Vaccination in the Punjab 1919-1929 - 1919-1929
Year: 1919
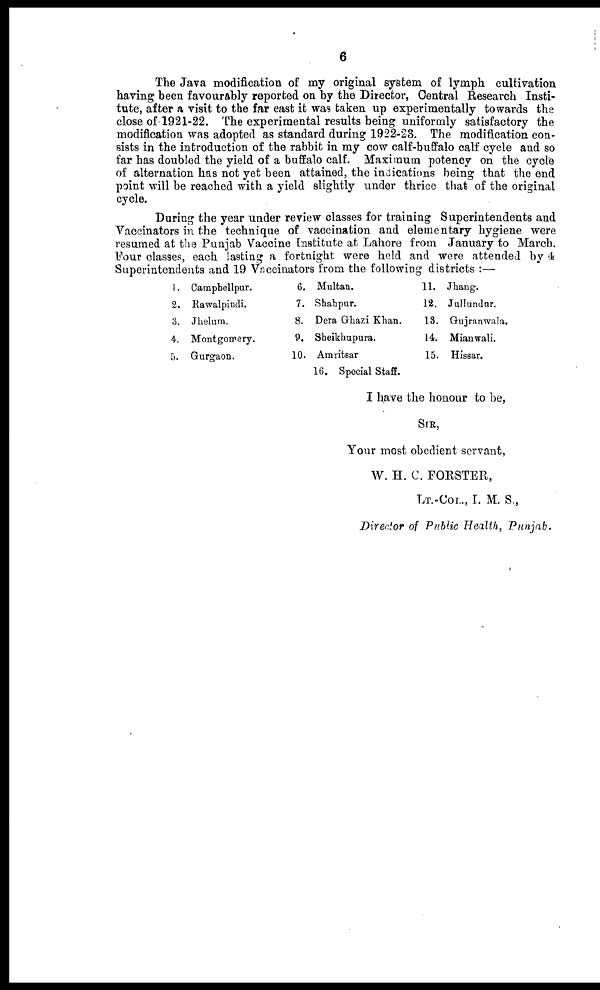
6
The Java modification of my original system of lymph cultivation
having been favourably reported on by the Director, Central Research Insti-
tute, after a visit to the far east it was taken up experimentally towards the
close of 1921-22. The experimental results being uniformly satisfactory the
modification was adopted as standard during 1922-23. The modification con-
sists in the introduction of the rabbit in my cow calf-buffalo calf cycle and so
far has doubled the yield of a buffalo calf. Maximum potency on the cycle
of alternation has not yet been attained, the indications being that the end
point will be reached with a yield slightly under thrice that of the original
cycle.
During the year under review classes for training Superintendents and
Vaccinators in the technique of vaccination and elementary hygiene were
resumed at the Punjab Vaccine Institute at Lahore from January to March.
Four classes, each lasting a fortnight were held and were attended by 4
Superintendents and 19 Vaccinators from the following districts :—
1.
2.
3.
4.
5.
Campbellpur.
Rawalpindi.
Jhelum.
Montgomery.
Gurgaon.
6.
7.
8.
9.
10.
Multan.
Shahpur.
Dera Ghazi Khan.
Sheikhupura.
Amritsar
16. Special Staff.
11.
12.
18.
14.
15.
Jhang.
Jullundur.
Gujranwala.
Mianwali.
Hissar.
I have the honour to be,
SIR,
Your most obedient servant,
W. H. C. FORSTER,
LT.-COL., I. M. S.,
Director of Public Health, Punjab.